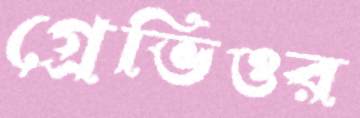
গ্রেভিওর